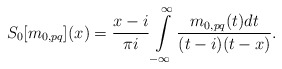
\begin{align*}S_{0}[m_{0,pq}](x) = \frac{x - i}{\pi i} \int\limits_{-\infty}^{\infty} \frac{m_{0,pq}(t) dt}{(t - i)(t - x)}.\end{align*}